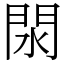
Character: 閖